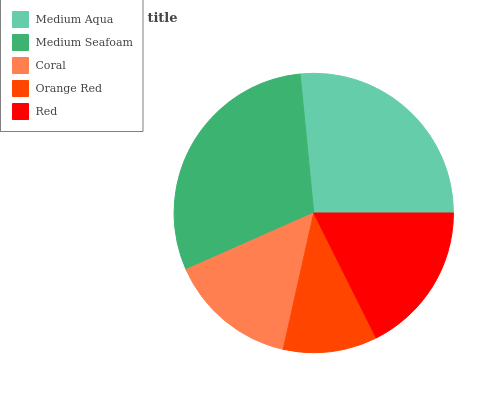
| Medium Aqua | Medium Seafoam | Coral | Orange Red | Red |
 | --- | --- | --- | --- | --- |
 | 26.6% | 30.1% | 14.9% | 10.9% | 17.7% |